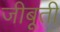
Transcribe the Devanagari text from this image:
जीबूती